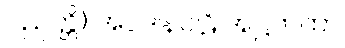
ပညတ္တိ)။အပဒါနပါဠိ အဋ္ဌကထာ